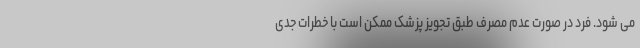
می شود. فرد در صورت عدم مصرف طبق تجویز پزشک ممکن است با خطرات جدی